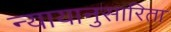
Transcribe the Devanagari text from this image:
न्यायानुसारिता